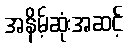
အနိမ့်ဆုံးအဆင့်